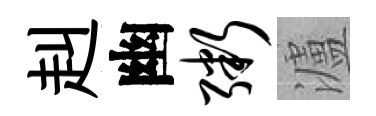
赳幽粥瀘